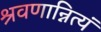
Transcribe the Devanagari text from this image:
श्रवणान्नित्यं